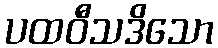
ပထဝီသဒိသော